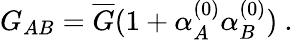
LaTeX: G_{AB}=\overline{{G}}(1+\alpha_{A}^{(0)}\alpha_{B}^{(0)})\ .